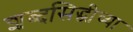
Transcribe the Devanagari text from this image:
शब्दसिद्धीच्या